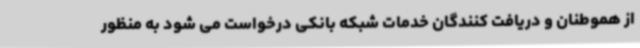
از هموطنان و دریافت کنندگان خدمات شبکه بانکی درخواست می شود به منظور